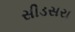
સીડસરા